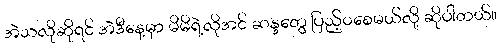
အဲသလိုဆိုရင် အဲဒီနေ့မှာ မိမိရဲ့လိုအင် ဆန္ဒတွေ ပြည့်ဝစေမယ်လို့ ဆိုပါတယ်။